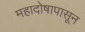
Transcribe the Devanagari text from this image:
महादोषापासून